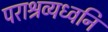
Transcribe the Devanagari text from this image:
पराश्रव्यध्वनि